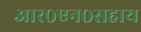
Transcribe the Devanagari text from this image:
आर०एन०सहाय